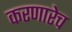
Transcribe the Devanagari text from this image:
करणारेच